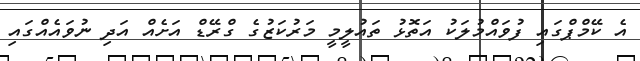
އެ ކޭމްޕްގައި ފުވައްމުލަކު އަތޮޅު ތައުލީމީ މަރުކަޒުގެ ގްރޭޑް އަށެއް އަދި ނުވައެއްގައި